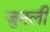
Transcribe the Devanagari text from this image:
जुनली